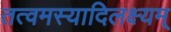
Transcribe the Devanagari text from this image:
तत्वमस्यादिलक्ष्यम्‌